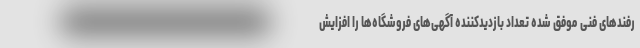
رفندهای فنی موفق شده تعداد بازدیدکننده آگهی‌های فروشگاه‌ها را افزایش